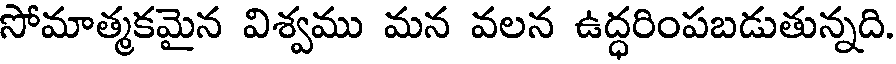
సోమాత్మకమైన విశ్వము మన వలన ఉద్ధరింపబడుతున్నది.